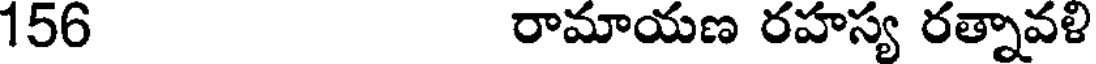
156 రామాయణ రహస్య రత్నావళి